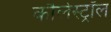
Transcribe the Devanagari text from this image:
कौलेस्ट्रॉल